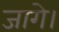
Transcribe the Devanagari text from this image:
जागे।